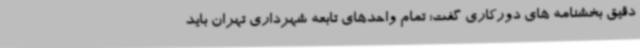
دقیق بخشنامه های دورکاری گفت: تمام واحدهای تابعه شهرداری تهران باید